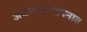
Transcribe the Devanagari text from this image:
अर्थव्यवस्थापनात